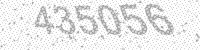
Solution: 435056